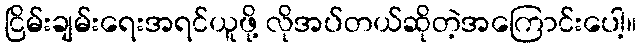
ငြိမ်းချမ်းရေးအရင်ယူဖို့ လိုအပ်တယ်ဆိုတဲ့အကြောင်းပေါ့။